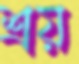
শ্রয়